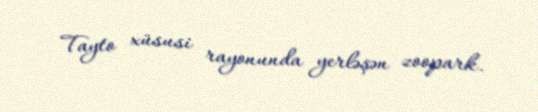
Tayto xüsusi rayonunda yerləşən zoopark.